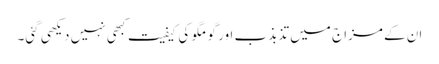
ان کے مزاج میں تذبذب اور گو مگو کی کیفیت کبھی نہیں دیکھی گئی۔